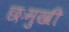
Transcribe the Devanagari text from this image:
छःमुखी